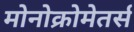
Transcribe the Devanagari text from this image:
मोनोक्रोमेतर्स